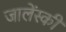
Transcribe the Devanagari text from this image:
जालेंस्की